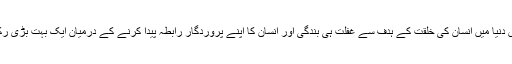
کیونکہ اس دنیا میں انسان کی خلقت کے ہدف سے غفلت ہی بندگی اور انسان کا اپنے پروردگار رابطہ پیدا کرنے کے درمیان ایک بہت بڑی رکاوٹ ہے۔